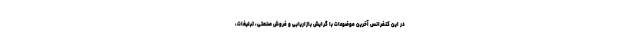
در این کنفرانس آخرین موضوعات با گرایش بازاریابی و فروش صنعتی، تبلیغات،